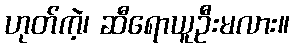
ဟုတ်ကဲ့၊ ဆီရောယူဦးမလား။